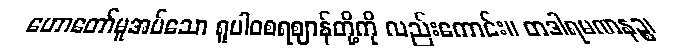
ဟောတော်မူအပ်သော ရူပါဝစရဈာန်တို့ကို လည်းကောင်း။ တဒါရမဏနဉ္စ၊